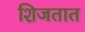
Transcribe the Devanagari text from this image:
शिजतात